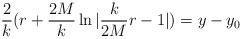
LaTeX: \begin{align*}\frac{2}{k} ( r + \frac{2M}{k} \ln | \frac{k}{2M} r -1 | )= y - y_0\end{align*}